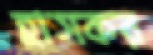
হ্রাসকর